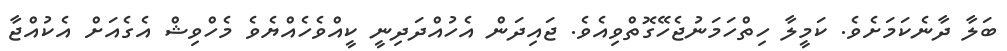
ބަލާ ދާނެކަމަށެވެ. ކަމީލާ ހިތްހަމަނުޖެހޭގޮތްވިއެވެ. ޖައިދަން އެހުއްދަދިނީ ކީއްވެހެއްޔެވެ މެހްވިޝް އެގެއަށް އެކުއްޖާ